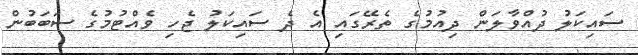
ސައިކަލު ދުއްވާލަން ދިއުމުގެ ތެރޭގައި އެ ދެ ސައިކަލު ޖެހި ވެއްޓުމުގެ ސަބަބުން